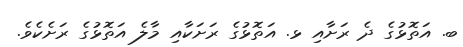
ބ. އަތޮޅުގެ ދެ ރަށާއި ޅ. އަތޮޅުގެ ރަށަކާއި މާލެ އަތޮޅުގެ ރަށެކެވެ.